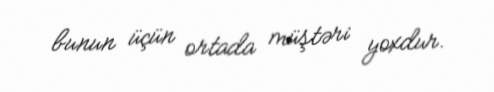
bunun üçün ortada müştəri yoxdur.